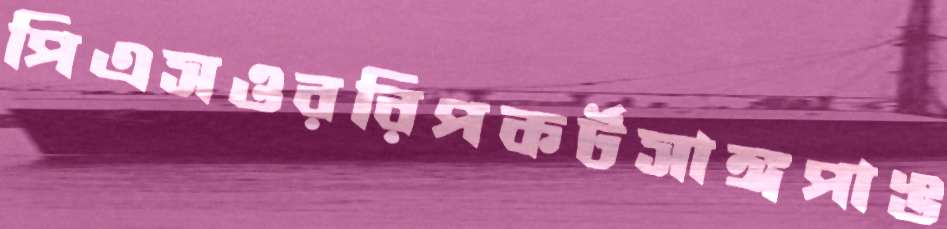
পিএসওররিপকর্টসাঙ্গপাঙ